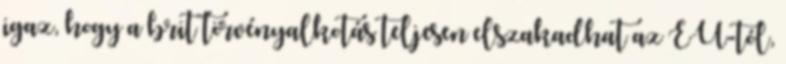
igaz, hogy a brit törvényalkotás teljesen elszakadhat az EU-tól,